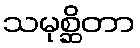
သမုစ္ဆိတာ